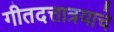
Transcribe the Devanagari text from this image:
गीतदत्तात्रयाचे